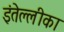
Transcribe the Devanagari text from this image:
इंतेल्लीका